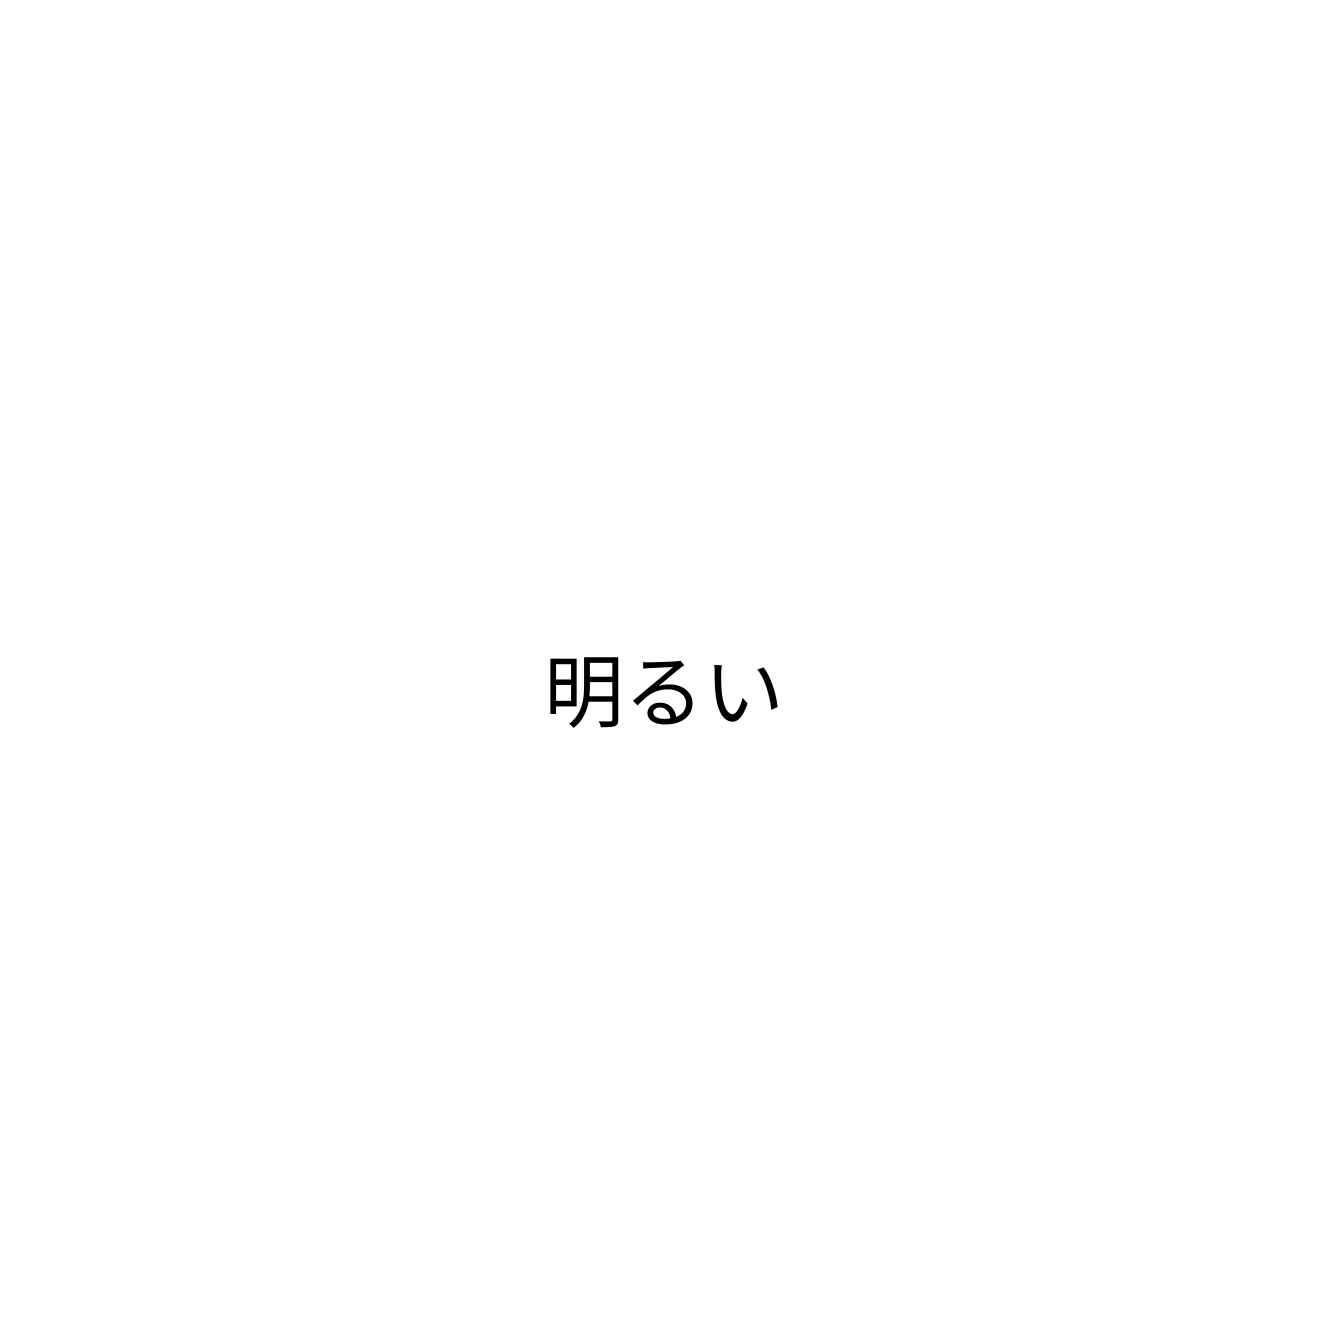
明るい